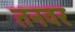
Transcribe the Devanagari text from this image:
तनवर